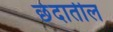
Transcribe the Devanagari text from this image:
छेदातील